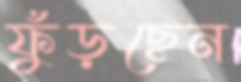
ফুঁড়ছেন